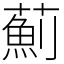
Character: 薊